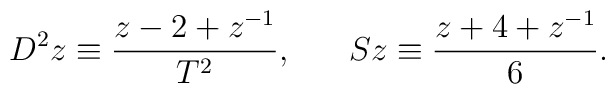
D^2z\equiv \frac{z-2+z^{-1}}{T^2},\;\;\;\;\;\;Sz\equiv \frac{z+4+z^{-1}}6.